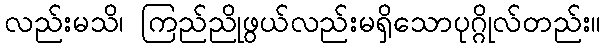
လည်းမသိ၊ ကြည်ညိုဖွယ်လည်းမရှိသောပုဂ္ဂိုလ်တည်း။